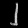
Digit: ၂